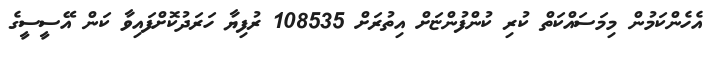
އެހެންކަމުން މިމަސައްކަތް ކުރި ކުންފުންޏަށް އިތުރަށް 108535 ރުފިޔާ ހަރަދުކޮށްފައިވާ ކަން އޭސީސީގެ